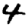
Digit: 4